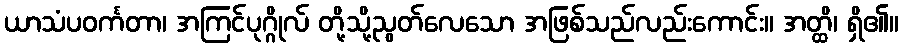
ယာသံပဝင်္ကတာ၊ အကြင်ပုဂ္ဂိုလ် တို့သို့ညွတ်လေသော အဖြစ်သည်လည်းကောင်း။ အတ္ထိ၊ ရှိ၏။